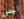
ليس